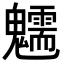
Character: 𩴶